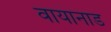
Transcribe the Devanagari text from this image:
वायानाड